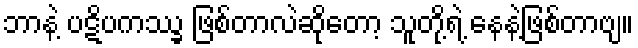
ဘာနဲ့ ပဋိပကဿ္ခ ဖြစ်တာလဲဆိုတော့ သူတို့ရဲ့ နေနဲ့ဖြစ်တာဗျ။